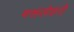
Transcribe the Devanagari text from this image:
मसलेहते